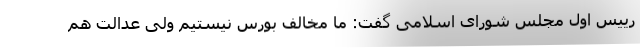
رییس اول مجلس شورای اسلامی گفت: ما مخالف بورس نیستیم ولی عدالت هم